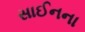
સાઈનના